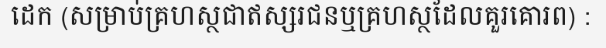
ដេក (សម្រាប់គ្រហស្ថជាឥស្សរជនឬគ្រហស្ថដែលគួរគោរព) :